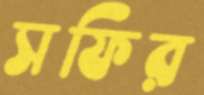
সফির